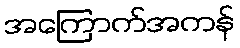
အကြောက်အကန်